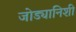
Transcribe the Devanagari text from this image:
जोड्यानिशी